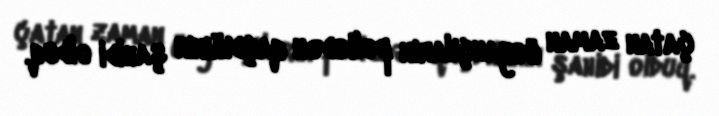
çatan zaman üsyançıların polisdən qaçdığının şahidi olduq.